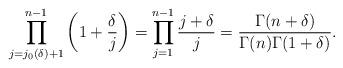
LaTeX: \begin{align*}\prod_{j= j_0 (\delta)+1}^{n-1} \left(1+\dfrac{\delta}{j}\right) = \prod_{j=1}^{n-1} \dfrac{j+\delta}{j} = \dfrac{\Gamma(n+\delta)}{\Gamma(n)\Gamma(1+\delta)}. \end{align*}